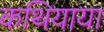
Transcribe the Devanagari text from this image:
कथियाया